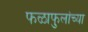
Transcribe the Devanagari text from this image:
फळाफुलांच्या